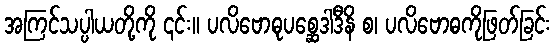
အကြင်သပ္ပါယတို့ကို ၎င်း။ ပလိဗောဓုပစ္ဆေဒါဒီနိ စ၊ ပလိဗောဓကိုဖြတ်ခြင်း